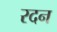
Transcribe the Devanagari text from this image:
रदन